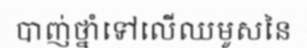
បាញ់ថ្នាំទៅលើឈមូសនៃ